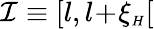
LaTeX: {\cal I}\equiv[l,l\! +\! \xi_{{\scriptscriptstyle H}}[